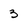
Character: 3